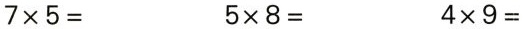
$$7 \times 5 =$$ $$5 \times 8 =$$ $$4 \times 9 =$$